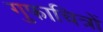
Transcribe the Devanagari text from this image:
गुफाचित्रों